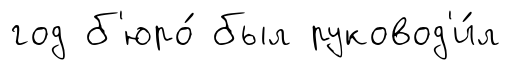
год б'юро́ был руковод'и́л